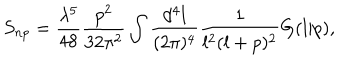
LaTeX: S _ { n p } = \frac { \lambda ^ { 5 } } { 4 8 } \frac { p ^ { 2 } } { 3 2 \pi ^ { 2 } } \int \frac { d ^ { 4 } l } { ( 2 \pi ) ^ { 4 } } \frac { 1 } { l ^ { 2 } ( l + p ) ^ { 2 } } G ( l | p ) ,